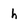
Character: h